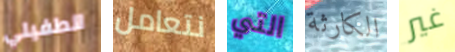
الطفيلي نتعامل التي الكارثة غير